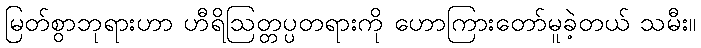
မြတ်စွာဘုရားဟာ ဟီရိဩတ္တပ္ပတရားကို ဟောကြားတော်မူခဲ့တယ် သမီး။